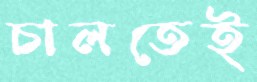
চালতেই